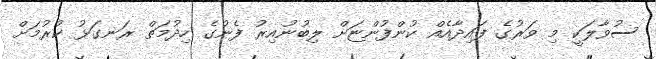
ސުވާލަކީ މި ވަރުގެ ފައިދާއެއް ކުންފުންޏަށް ލިބުނުއިރު ފެނުގެ ހިދުމަތް ރަނގަޅު ކުރުމަށް